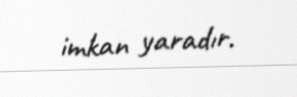
imkan yaradır.